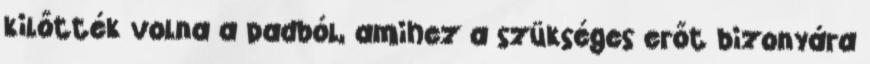
kilőtték volna a padból, amihez a szükséges erőt bizonyára